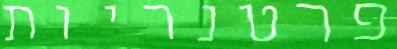
פרטנריות